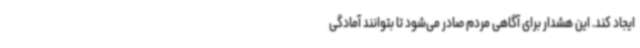
ایجاد کند. این هشدار برای آگاهی مردم صادر می‌شود تا بتوانند آمادگی